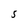
Character: S